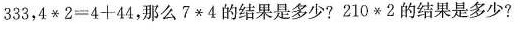
3 3 3$$，$$4 * 2 = 4 + 4 4$$，那么$$7 * 4 $$的结果是多少?$$2 1 0 * 2$$的结果是多少?